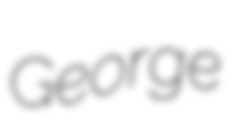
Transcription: George